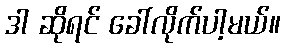
ဒါ ဆိုရင် ခေါ်လိုက်ပါ့မယ်။